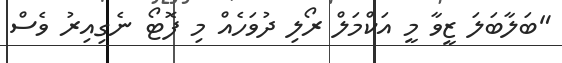
"ބަލާބަލަ ޒީވާ މީ އަކްމަލް ރޯލި ދުވަހެއް މި ފޮޓޯ ނެގިއިރު ވެސް